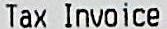
TAX INVOICE